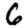
Digit: 6